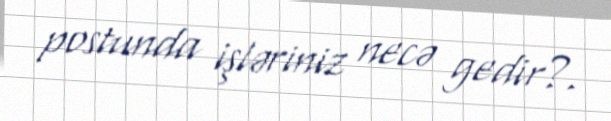
postunda işləriniz necə gedir?.